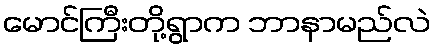
မောင်ကြီးတို့ရွာက ဘာနာမည်လဲ